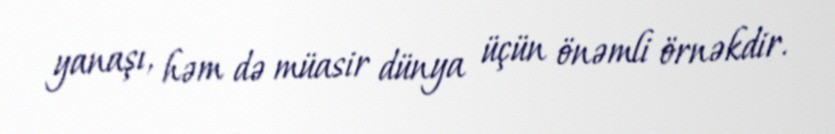
yanaşı, həm də müasir dünya üçün önəmli örnəkdir.